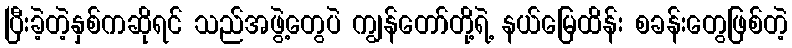
ပြီးခဲ့တဲ့နှစ်ကဆိုရင် သည်အဖွဲ့တွေပဲ ကျွန်တော်တို့ရဲ့ နယ်မြေထိန်း စခန်းတွေဖြစ်တဲ့